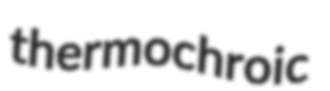
thermochroic